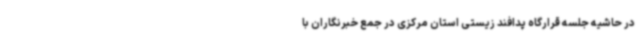
در حاشیه جلسه قرارگاه پدافند زیستی استان مرکزی در جمع خبرنگاران با